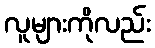
လူများကိုလည်း